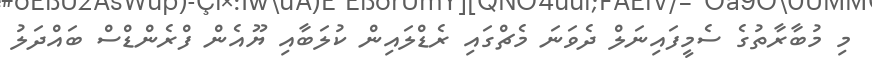
މި މުބާރާތުގެ ސެމީފައިނަލް ދެވަނަ މެޗްގައި ރެޑްލައިން ކުލަބާއި ޔޫއެން ފްރެންޑްސް ބައްދަލު